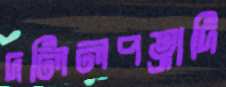
দলিলপত্রাদি